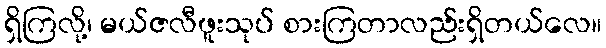
ရှိကြလို့၊ မယ်ဇလီဖူးသုပ် စားကြတာလည်းရှိတယ်လေ။